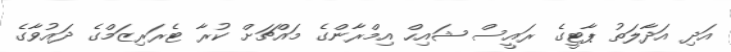
އަދި އަދާލަތު ޕާޓީގެ ރައީސް ޝައިހް އިމްރާންގެ މައްޗަށް ކުރާ ޓެރަރިޒަމްގެ ދައުވާގެ